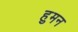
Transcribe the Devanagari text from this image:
हुमन